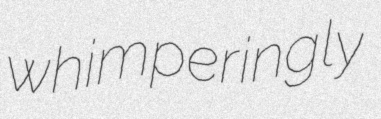
whimperingly